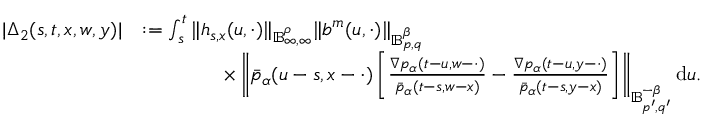
\begin{array} { r l } { | \Delta _ { 2 } ( s , t , x , w , y ) | } & { : = \int _ { s } ^ { t } \Vert h _ { s , x } ( u , \cdot ) \Vert _ { \mathbb { B } _ { \infty , \infty } ^ { \rho } } \Vert b ^ { m } ( u , \cdot ) \Vert _ { \mathbb { B } _ { p , q } ^ { \beta } } } \\ & { \qquad \qquad \times \left\Vert \bar { p } _ { \alpha } ( u - s , x - \cdot ) \left[ \frac { \nabla p _ { \alpha } ( t - u , w - \cdot ) } { \bar { p } _ { \alpha } ( t - s , w - x ) } - \frac { \nabla p _ { \alpha } ( t - u , y - \cdot ) } { \bar { p } _ { \alpha } ( t - s , y - x ) } \right] \right\Vert _ { \mathbb { B } _ { p ^ { \prime } , q ^ { \prime } } ^ { - \beta } } \mathrm { d } u . } \end{array}